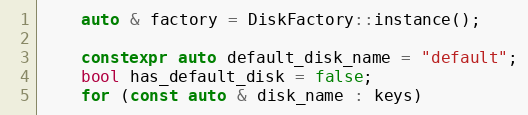
Language: C++
    auto & factory = DiskFactory::instance();

    constexpr auto default_disk_name = "default";
    bool has_default_disk = false;
    for (const auto & disk_name : keys)